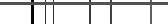
٨٤